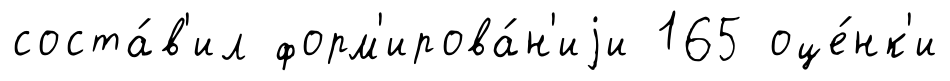
соста́в'ил форм'ирова́н'иjи 165 оце́нк'и